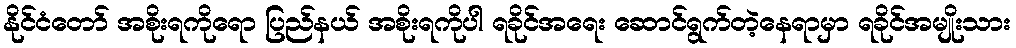
နိုင်ငံတော် အစိုးရကိုရော ပြည်နယ် အစိုးရကိုပါ ရခိုင်အရေး ဆောင်ရွက်တဲ့နေရာမှာ ရခိုင်အမျိုးသား